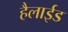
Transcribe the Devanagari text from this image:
हैलाईड